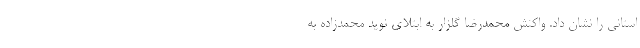
استانی را نشان داد. واکنش محمدرضا گلزار به ابتلای نوید محمدزاده به